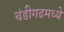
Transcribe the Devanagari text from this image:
चंडीगढमध्ये